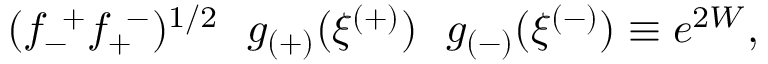
( f _ { - } ^ { ~ + } f _ { + } ^ { ~ - } ) ^ { 1 / 2 } ~ ~ g _ { ( + ) } ( \xi ^ { ( + ) } ) ~ ~ g _ { ( - ) } ( \xi ^ { ( - ) } ) \equiv e ^ { 2 W } ,